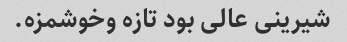
شیرینی عالی بود تازه وخوشمزه.